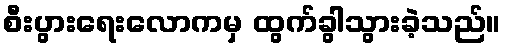
စီးပွားရေးလောကမှ ထွက်ခွါသွားခဲ့သည်။